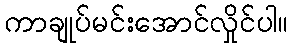
ကာချုပ်မင်းအောင်လှိုင်ပါ။